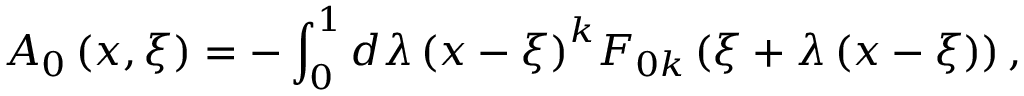
{ \cal A } _ { 0 } \left( { x , \xi } \right) = - \int _ { 0 } ^ { 1 } { d \lambda \left( { x - \xi } \right) } ^ { k } F _ { 0 k } \left( { \xi + \lambda \left( { x - \xi } \right) } \right) ,